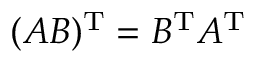
( A B ) ^ { \mathrm { T } } = B ^ { \mathrm { T } } A ^ { \mathrm { T } }